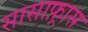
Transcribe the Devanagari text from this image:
सासाफ़्रास